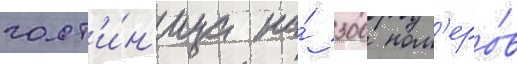
гост'и́н'ица на́ 300 ном'еро́в